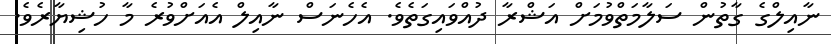
ނާއިލްގެ ގާތުން ސަލާމަތްވުމަށް އަޝްރާ ދުއްވައިގަތެވެ. އެހެނަސް ނާއިލް އެއަށްވުރެ މާ ހުޝިޔާރެވެ.